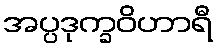
အပ္ပဒုက္ခဝိဟာရီ